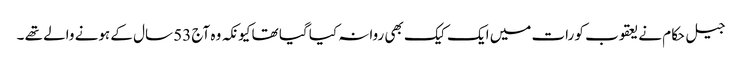
جیل حکام نے یعقوب کو رات میں ایک کیک بھی روانہ کیا گیا تھا کیونکہ وہ آج 53 سال کے ہونے والے تھے ۔